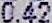
0.42